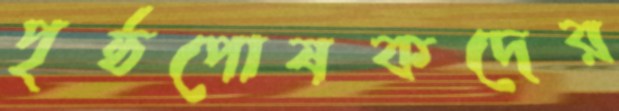
পৃষ্ঠপোষকদের